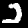
Label: 2